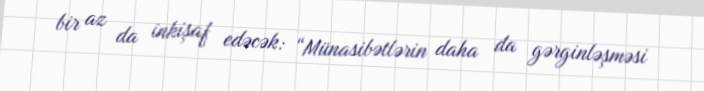
bir az da inkişaf edəcək: “Münasibətlərin daha da gərginləşməsi